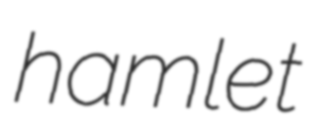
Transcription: hamlet